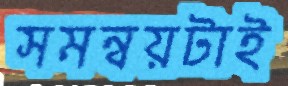
সমন্বয়টাই